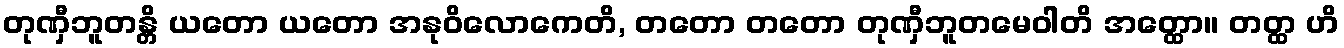
တုဏှီဘူတန္တိ ယတော ယတော အနုဝိလောကေတိ, တတော တတော တုဏှီဘူတမေဝါတိ အတ္ထော။ တတ္ထ ဟိ